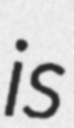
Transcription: is